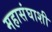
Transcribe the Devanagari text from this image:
महासंघाशी